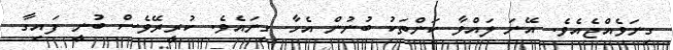
ގިނަވެއްޖެއެވެ. އޭނަ ލައްވާ ކަންތަކު ބުނުން އެހާ ގިނައެވެ. ކުރީރޭވެސް ބުނީ ފައިގާ